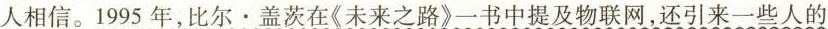
人相信。1995年，比尔·盖茨在《未来之路》一书中提及物联网，还引来一些人的